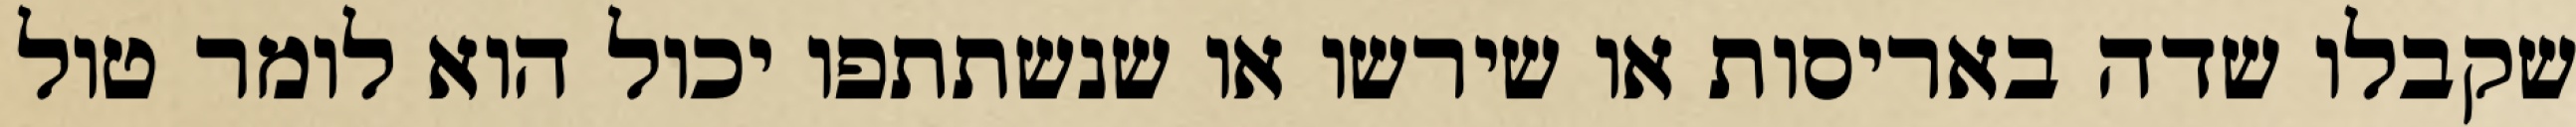
שקבלו שדה באריסות או שירשו או שנשתתפו יכול הוא לומר טול